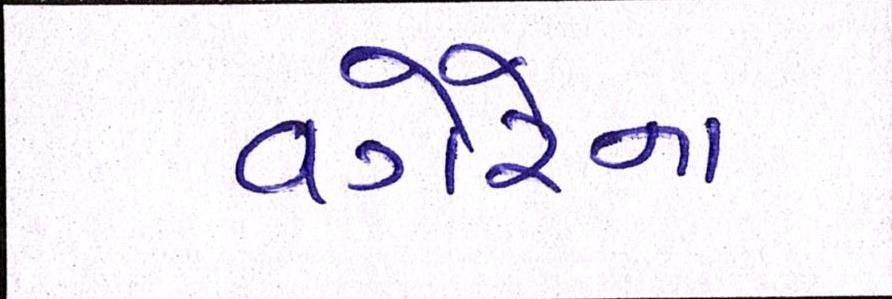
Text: વગેરેના